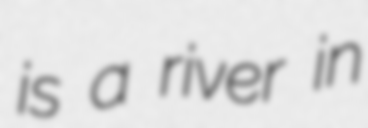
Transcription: is a river in